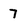
Character: 7